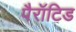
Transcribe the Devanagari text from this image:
पैरॉटिड